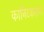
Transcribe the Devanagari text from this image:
कानिटकरांना